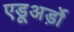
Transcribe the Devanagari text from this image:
एडूअर्ड़ो